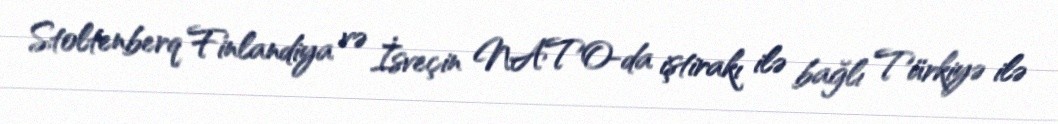
Stoltenberq Finlandiya və İsveçin NATO-da iştirakı ilə bağlı Türkiyə ilə